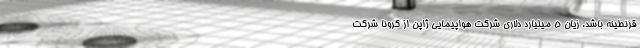
قرنطینه باشد. زیان 5 میلیارد دلاری شرکت هواپیمایی ژاپن از کرونا شرکت